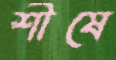
শীষে